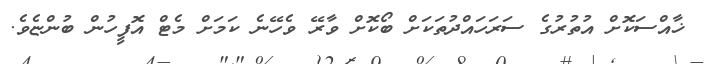
ޚާއްސަކޮށް އުތުރުގެ ސަރަހައްދުތަކަށް ބޯކޮށް ވާރޭ ވެހޭނެ ކަމަށް މެޓް އޮފީހުން ބުންޏެވެ.